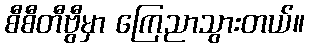
စီစီတီဗွီမှာ ကြေညာသွားတယ်။